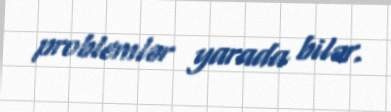
problemlər yarada bilər.